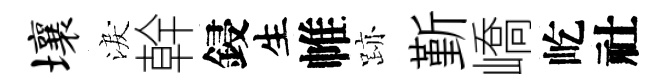
壤淚幹鋟生帷跡斳嶠屹社